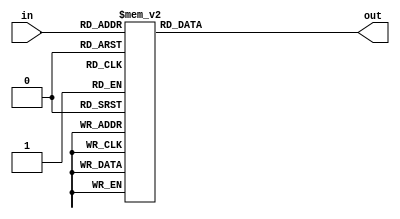
`timescale 1ns / 1ps
//////////////////////////////////////////////////////////////////////////////////
// Company: 
// Engineer: 
// 
// Design Name: 
// Module Name: seven_seg_display_encoder
// Project Name: 
// Target Devices: 
// Tool Versions: 
// Description: 
// 
// Dependencies: 
// 
// Revision:
// Revision 0.01 - File Created
// Additional Comments:
// 
//////////////////////////////////////////////////////////////////////////////////


module seven_seg_display_encoder(
    input [3:0] in,
    output [6:0] out
    );
    
    function [6:0] encode7seg;
        input [3:0] hex_digit;
        begin
            case (hex_digit)
                4'h0 : encode7seg = 7'h3F;
                4'h1 : encode7seg = 7'h06;
                4'h2 : encode7seg = 7'h5B;
                4'h3 : encode7seg = 7'h4F;
                4'h4 : encode7seg = 7'h66;
                4'h5 : encode7seg = 7'h6D;
                4'h6 : encode7seg = 7'h7D;
                4'h7 : encode7seg = 7'h07;
                4'h8 : encode7seg = 7'h7F;
                4'h9 : encode7seg = 7'h6F;
                4'ha : encode7seg = 7'h77;
                4'hb : encode7seg = 7'h7C;
                4'hc : encode7seg = 7'h39;
                4'hd : encode7seg = 7'h5E;
                4'he : encode7seg = 7'h79;
                4'hf : encode7seg = 7'h71;
            endcase
        end
    endfunction
    
    assign out = encode7seg( in );
    
endmodule